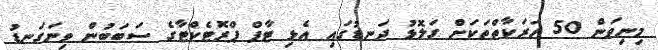
މިނިވަން 50 ހަރަކާތްތަކަށް ގަލޮޅު ދަނޑުގައި އެޅި ޓާފް ޕްރޮޓެކްޓާގެ ސަބަބުން ވިނަގަނޑު